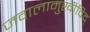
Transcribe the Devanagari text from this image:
जवालामुखीविद्